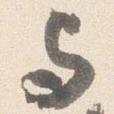
与